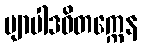
ဗျာပါဒဝိတက္ကေန